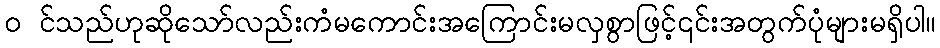
၀ င်သည်ဟုဆိုသော်လည်းကံမကောင်းအကြောင်းမလှစွာဖြင့်၎င်းအတွက်ပုံများမရှိပါ။